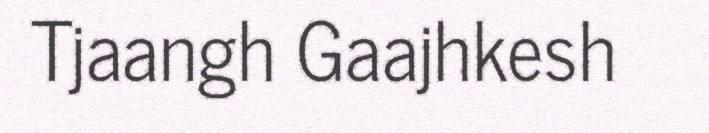
Tjaangh Gaajhkesh